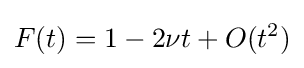
F(t)=1-2\nu t+O(t^{2})